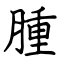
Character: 腫